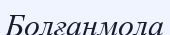
Болғанмола